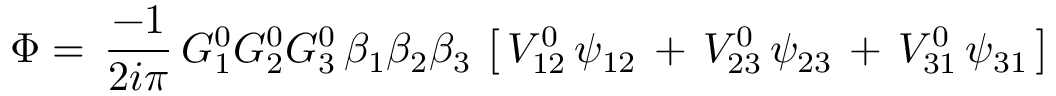
\Phi = \, { \frac { - 1 } { 2 i \pi } } \, G _ { 1 } ^ { 0 } G _ { 2 } ^ { 0 } G _ { 3 } ^ { 0 } \, \beta _ { 1 } \beta _ { 2 } \beta _ { 3 } \, \left[ \, V _ { 1 2 } ^ { 0 } \, \psi _ { 1 2 } \, + \, V _ { 2 3 } ^ { 0 } \, \psi _ { 2 3 } \, + \, V _ { 3 1 } ^ { 0 } \, \psi _ { 3 1 } \, \right]